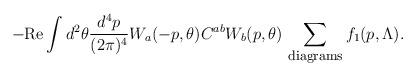
LaTeX: \begin{align*}- \mbox{Re} \int d^2\theta \frac{d^4p}{(2\pi)^4}W_a(-p,\theta) C^{ab} W_b(p,\theta)\,\sum\limits_{\mbox{\footnotesize diagrams}} f_1(p,\Lambda).\end{align*}